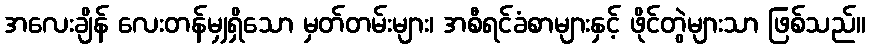
အလေးချိန် လေးတန်မျှရှိသော မှတ်တမ်းများ၊ အစီရင်ခံစာများနှင့် ဖိုင်တွဲများသာ ဖြစ်သည်။